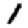
Digit: 1